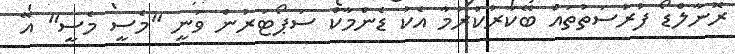
ރޮނާލްޑޯ ފުރުސަތުތައް ބޭކާރުކުރުމާ އެކު ޑެންމާކް ސަޕޯޓަރުން ވަނީ "މެސީ މެސީ" އޭ